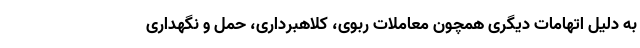
به دلیل اتهامات دیگری همچون معاملات ربوی، کلاهبرداری، حمل و نگهداری